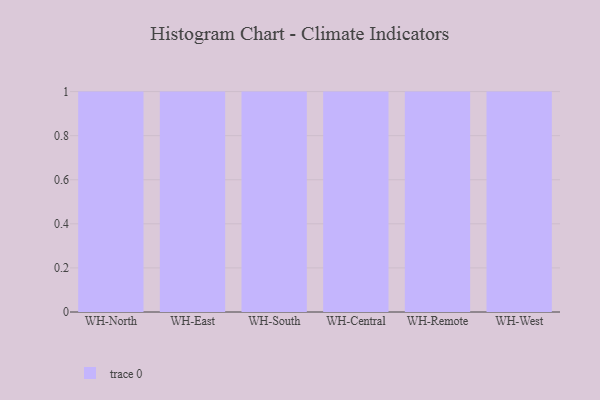
{"axis": {"x": "Warehouse", "y": "Net Income (USD K)"}, "legend": [""], "data": [{"x": "WH-North", "y": 51, "type": ""}, {"x": "WH-East", "y": 70, "type": ""}, {"x": "WH-South", "y": 84, "type": ""}, {"x": "WH-Central", "y": 60, "type": ""}, {"x": "WH-Remote", "y": 69, "type": ""}, {"x": "WH-West", "y": 64, "type": ""}]}